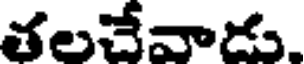
తలచేవాడు.